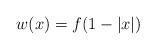
LaTeX: \begin{align*}w(x) = f(1-|x|)\end{align*}